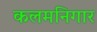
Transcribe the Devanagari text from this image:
कलमनिगार